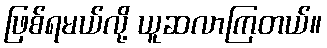
ဖြစ်ရမယ်လို့ ယူဆလာကြတယ်။